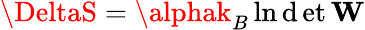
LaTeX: \DeltaS=\alphak_{B}\ln\operatorname*{\mathrm{d}et}\mathbf{{W}}